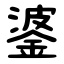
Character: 錃